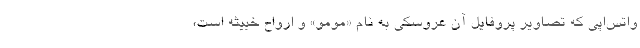
واتس‌اپی که تصاویر پروفایل آن عروسکی به نام «مومو» و ارواح خبیثه است،